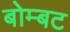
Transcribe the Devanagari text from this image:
बोम्बट